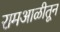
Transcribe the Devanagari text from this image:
रामआळीतून